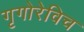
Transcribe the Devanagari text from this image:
गृगोरेविच